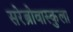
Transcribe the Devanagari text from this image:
सरेब्रोवास्कुला